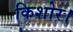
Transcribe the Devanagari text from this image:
किशोर।